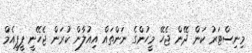
މިނިސްޓަރު ކަން ދޭން ޖެހޭ މީހުންގެ ނަންތައް އިއުލާން ކުރަން ޖެހޭނީ ޕީޕީއެމް